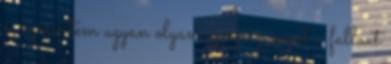
és szerintem ugyan olyan az egész mint a fallout